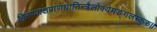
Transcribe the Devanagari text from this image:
हिरण्याक्षप्राणघातिन्त्रैलोक्येमङ्गलम्कुरु॥